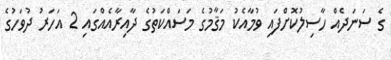
ގެ ސަނަދެއް ހާސިލުކޮށްފައި ވުމާއެކު މަޤާމުގެ މަސައްކަތުގެ ދާއިރާއެއްގައި 2 އަހަރު ދުވަހުގެ